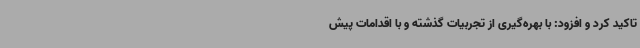
تاکید کرد و افزود: با بهره‌گیری از تجربیات گذشته و با اقدامات پیش